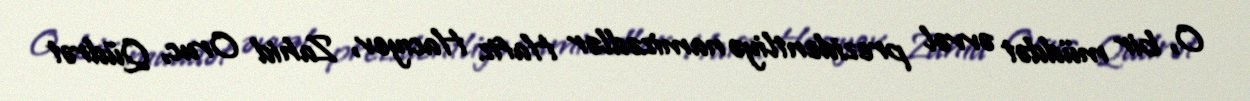
O, bir müddət əvvəl prezidentliyə namizədlər Hafiz Hacıyev, Zahid Oruc, Qüdrət